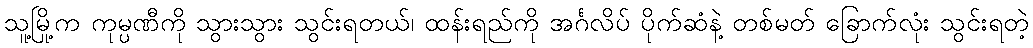
သူ့မြို့က ကုမ္ပဏီကို သွားသွား သွင်းရတယ်၊ ထန်းရည်ကို အင်္ဂလိပ် ပိုက်ဆံနဲ့ တစ်မတ် ခြောက်လုံး သွင်းရတဲ့